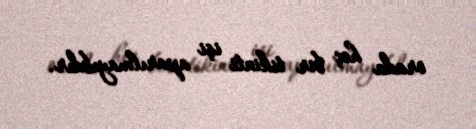
orada heç bir tikinti işi aparılmayıbdır.